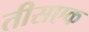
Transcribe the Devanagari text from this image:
तीसएक